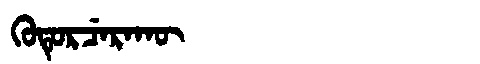
Manchu: ᡴᡠᡨᡠᡵᠴᡝᡵᠠᡴᡡ
Romanization: KUTURCERAKŪ